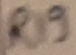
Text: R19